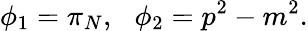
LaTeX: \phi_{1}=\pi_{N},\: \: \: \phi_{2}=p^{2}-m^{2}.